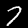
Label: 7